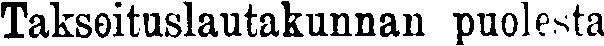
Taksoituslautakunnan puolesta